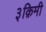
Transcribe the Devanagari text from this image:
३क़िमी